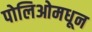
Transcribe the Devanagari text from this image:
पोलिओमधून